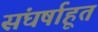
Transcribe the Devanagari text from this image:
संघर्षाहूत